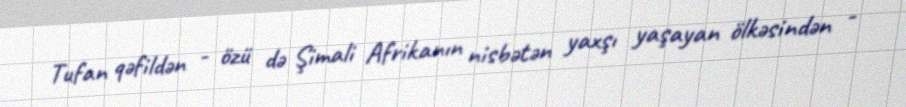
Tufan qəfildən - özü də Şimali Afrikanın nisbətən yaxşı yaşayan ölkəsindən -